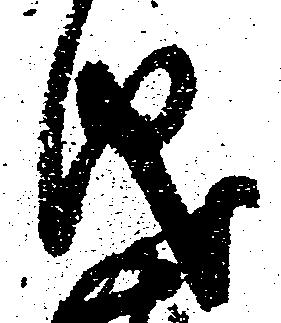
儀